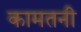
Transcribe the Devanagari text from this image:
कामतनी